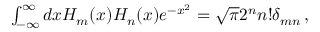
\begin{array} { r } { \int _ { - \infty } ^ { \infty } d x H _ { m } ( x ) H _ { n } ( x ) e ^ { - x ^ { 2 } } = \sqrt { \pi } 2 ^ { n } n ! \delta _ { m n } \, , } \end{array}